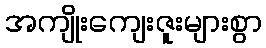
အကျိုးကျေးဇူးများစွာ